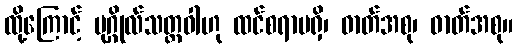
ထို့ကြောင့် ပုဂ္ဂိုလ်သတ္တဝါဟု ထင်စရာမရှိ၊ ဓာတ်အစု၊ ဓာတ်အစု။